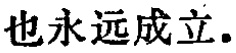
也永远成立.